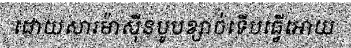
ដោយសារម៉ាស៊ីនបូបខ្សាច់ទើបធ្វើអោយ